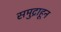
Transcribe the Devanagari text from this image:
समुद्राहून